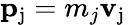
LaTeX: \mathbf{p}_{\mathrm{{j}}}=m_{j}\mathbf{v}_{\mathrm{{j}}}\,